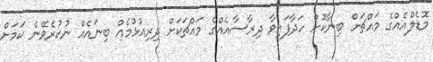
މޮޑެލްއެއްގެ މައްޗަށް ބިނާކޮޮށް ހަދާފައިވާ ދިރާސާއެއްގެ މައްޗަކަށް ދިރިއުޅުމެއް ބިނައެއް ނުކުރެވޭނެ ކަމަށް